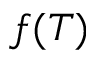
f ( T )